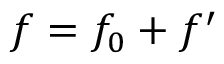
f = f _ { 0 } + f ^ { \prime }